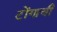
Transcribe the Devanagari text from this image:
टोंगाची